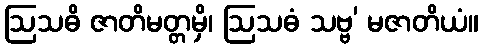
ဩသဓိ ဇာတိမတ္တမှိ၊ ဩသဓံ သဗ္ဗ’ မဇာတိယံ။